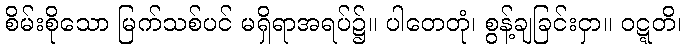
စိမ်းစိုသော မြက်သစ်ပင် မရှိရာအရပ်၌။ ပါတေတုံ၊ စွန့်ချခြင်းငှာ။ ဝဋ္ဋတိ၊